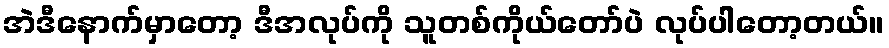
အဲဒီနောက်မှာတော့ ဒီအလုပ်ကို သူတစ်ကိုယ်တော်ပဲ လုပ်ပါတော့တယ်။